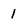
Character: 1